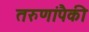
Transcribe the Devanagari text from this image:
तरुणांपैकी